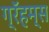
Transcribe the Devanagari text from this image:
ग्रॅहम्स